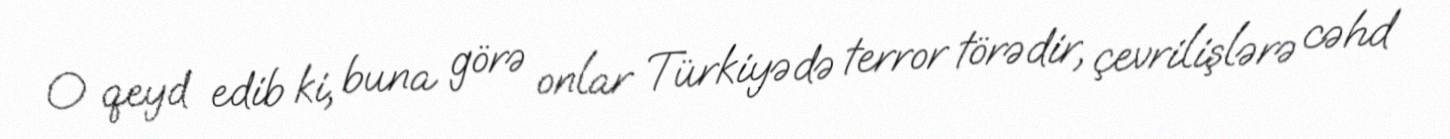
O qeyd edib ki, buna görə onlar Türkiyədə terror törədir, çevrilişlərə cəhd